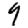
Digit: 9